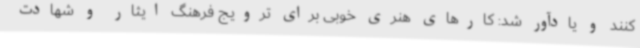
کنند و یادآور شد: کارهای هنری خوبی برای ترویج فرهنگ ایثار و شهادت